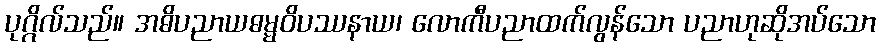
ပုဂ္ဂိလ်သည်။ အဓိပညာယဓမ္မဝိပဿနာယ၊ လောကီပညာထက်လွန်သော ပညာဟုဆိုအပ်သော